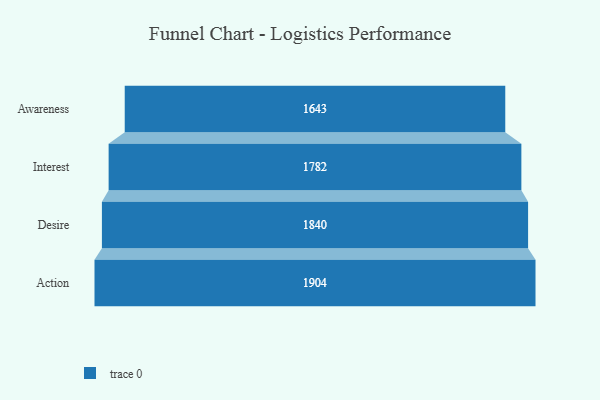
{"axis": {"x": "Stage", "y": "Value"}, "legend": [""], "data": [{"x": "Awareness", "y": 1643.0, "type": ""}, {"x": "Interest", "y": 1782.0, "type": ""}, {"x": "Desire", "y": 1840.0, "type": ""}, {"x": "Action", "y": 1904.0, "type": ""}]}